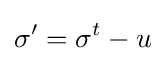
\sigma '=\sigma ^{t}-u